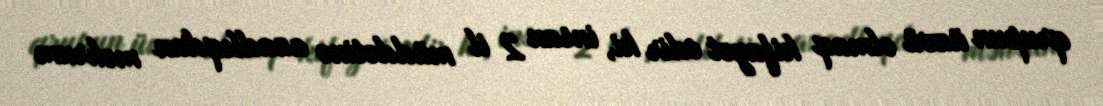
qrupun üzvü olmaq kifayət edir ki, insan 2 il müddətinə azadlıqdan məhrum